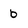
Character: b